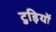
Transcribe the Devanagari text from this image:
टुड़ियों